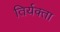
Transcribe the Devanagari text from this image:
तिर्यक्ता